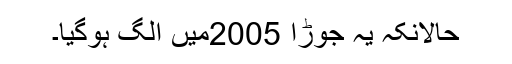
حالانکہ یہ جوڑا 2005میں الگ ہوگیا۔